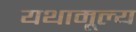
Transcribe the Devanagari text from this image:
यथामूल्य